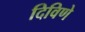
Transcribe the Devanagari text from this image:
दिविणे